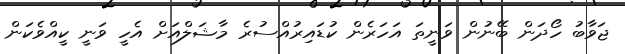
ޖަވާބު ހޯދަން ބޭނުން ވަނީތަ އަހަރެން ކުޑައިރުއްސުރެ މާޝަލްއަށް އެހީ ވަނީ ކީއްވެކަން